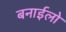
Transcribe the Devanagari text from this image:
बनाईलो